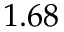
1 . 6 8